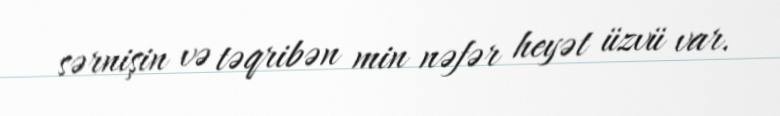
sərnişin və təqribən min nəfər heyət üzvü var.